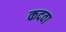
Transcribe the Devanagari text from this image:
कदवा